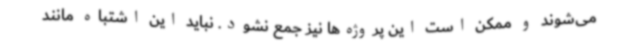
می‌شوند و ممکن است این پروژه‌ها نیز جمع نشود. نباید این اشتباه مانند